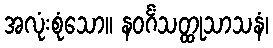
အလုံးစုံသော။ နဝင်္ဂံသတ္ထုသာသနံ၊